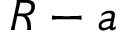
{ R - a }